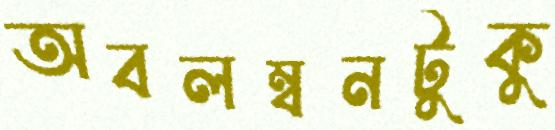
অবলম্বনটুকু